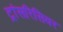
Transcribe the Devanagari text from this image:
ट्रांसरिसिवर